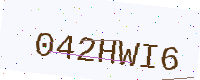
Text: 042HWI6